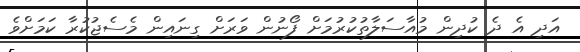
އަދި އެ ދެ ކުދިން މުއާސަލާތުކުރުމަށް ފޯނުން ވަރަށް ގިނައިން މެސެޖުކުރާ ކަމަށްވެ